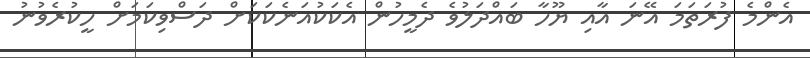
އެންމެ ފުރަތަމަ އޭނަ އާއި ޔޫހާ ބައްދަލުވެ ދެމީހުން އެކަކުއަނެކަކަށް ދަސްވިކަމަށް ހީކުރެވުނު